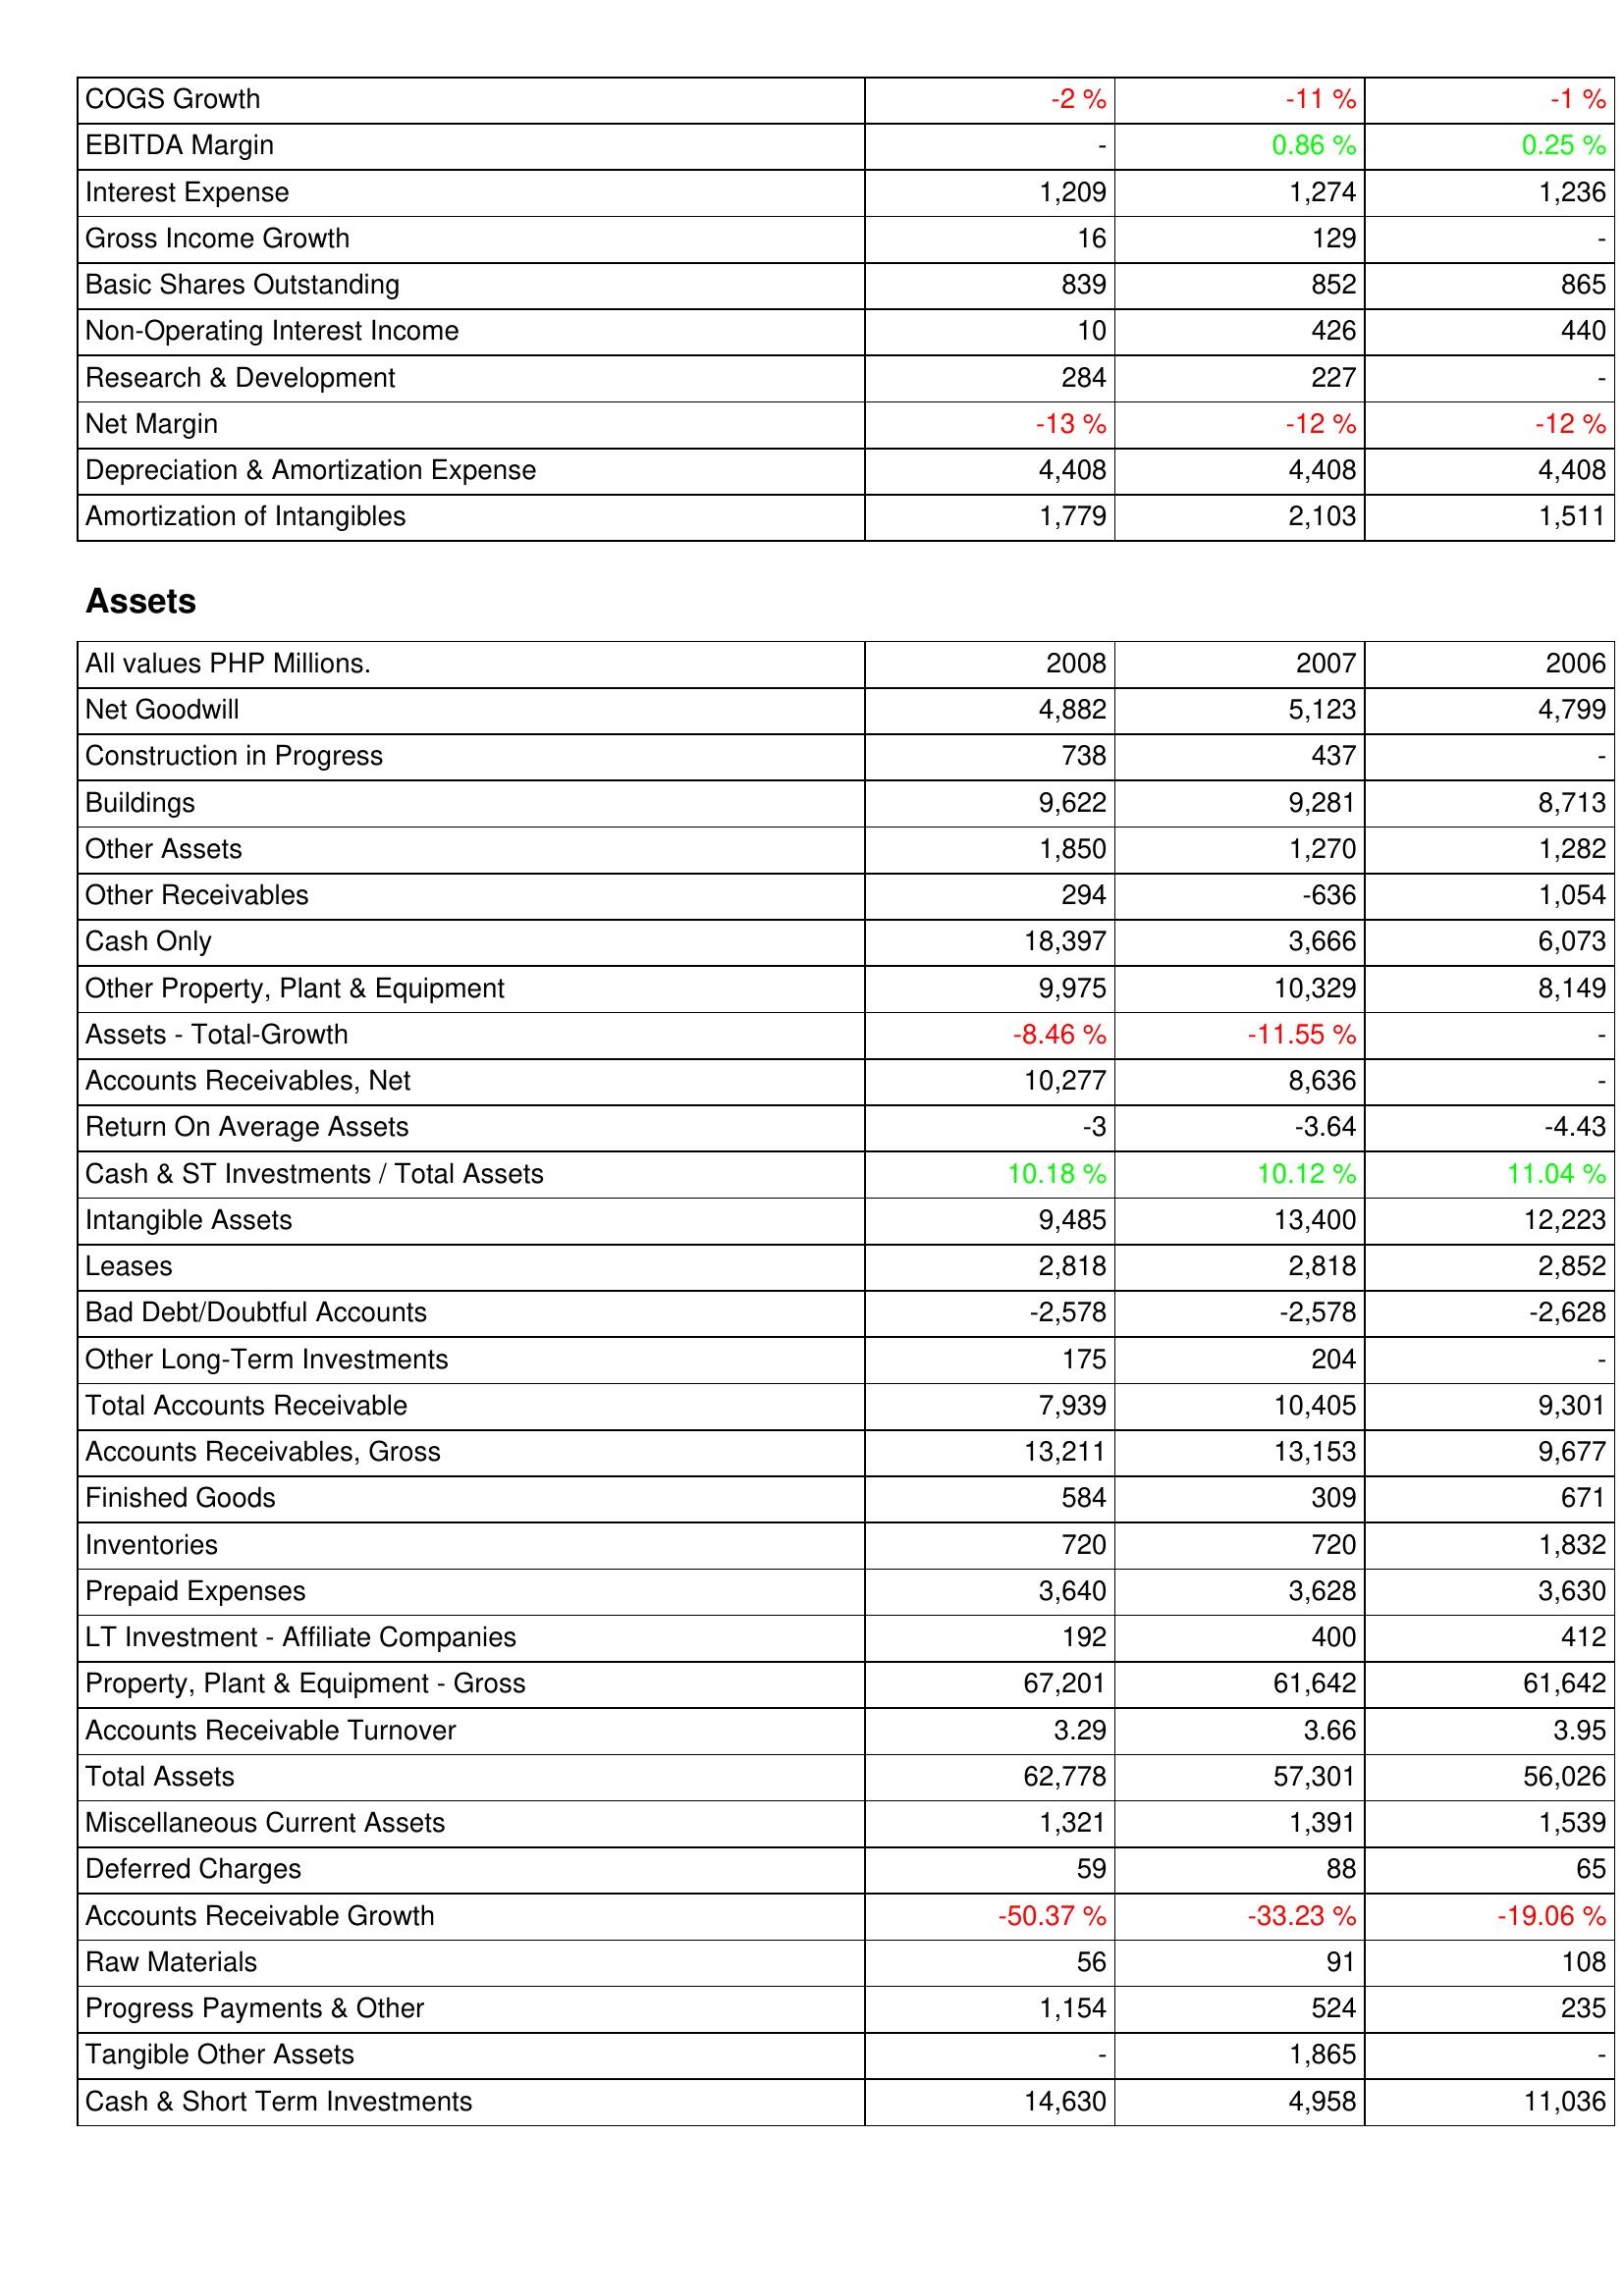
2008: Income Statement: COGS Growth: -2 %
EBITDA Margin: -
Interest Expense: 1,209
Gross Income Growth: 16
Basic Shares Outstanding: 839
Non-Operating Interest Income: 10
Research & Development: 284
Net Margin: -13 %
Depreciation & Amortization Expense: 4,408
Amortization of Intangibles: 1,779
Assets: Net Goodwill: 4,882
Construction in Progress: 738
Buildings: 9,622
Other Assets: 1,850
Other Receivables: 294
Cash Only: 18,397
Other Property, Plant & Equipment: 9,975
Assets - Total-Growth: -8.46 %
Accounts Receivables, Net: 10,277
Return On Average Assets: -3
Cash & ST Investments / Total Assets: 10.18 %
Intangible Assets: 9,485
Leases: 2,818
Bad Debt/Doubtful Accounts: -2,578
Other Long-Term Investments: 175
Total Accounts Receivable: 7,939
Accounts Receivables, Gross: 13,211
Finished Goods: 584
Inventories: 720
Prepaid Expenses: 3,640
LT Investment - Affiliate Companies: 192
Property, Plant & Equipment - Gross: 67,201
Accounts Receivable Turnover: 3.29
Total Assets: 62,778
Miscellaneous Current Assets: 1,321
Deferred Charges: 59
Accounts Receivable Growth: -50.37 %
Raw Materials: 56
Progress Payments & Other: 1,154
Tangible Other Assets: -
Cash & Short Term Investments: 14,630
2007: Income Statement: COGS Growth: -11 %
EBITDA Margin: 0.86 %
Interest Expense: 1,274
Gross Income Growth: 129
Basic Shares Outstanding: 852
Non-Operating Interest Income: 426
Research & Development: 227
Net Margin: -12 %
Depreciation & Amortization Expense: 4,408
Amortization of Intangibles: 2,103
Assets: Net Goodwill: 5,123
Construction in Progress: 437
Buildings: 9,281
Other Assets: 1,270
Other Receivables: -636
Cash Only: 3,666
Other Property, Plant & Equipment: 10,329
Assets - Total-Growth: -11.55 %
Accounts Receivables, Net: 8,636
Return On Average Assets: -3.64
Cash & ST Investments / Total Assets: 10.12 %
Intangible Assets: 13,400
Leases: 2,818
Bad Debt/Doubtful Accounts: -2,578
Other Long-Term Investments: 204
Total Accounts Receivable: 10,405
Accounts Receivables, Gross: 13,153
Finished Goods: 309
Inventories: 720
Prepaid Expenses: 3,628
LT Investment - Affiliate Companies: 400
Property, Plant & Equipment - Gross: 61,642
Accounts Receivable Turnover: 3.66
Total Assets: 57,301
Miscellaneous Current Assets: 1,391
Deferred Charges: 88
Accounts Receivable Growth: -33.23 %
Raw Materials: 91
Progress Payments & Other: 524
Tangible Other Assets: 1,865
Cash & Short Term Investments: 4,958
2006: Income Statement: COGS Growth: -1 %
EBITDA Margin: 0.25 %
Interest Expense: 1,236
Gross Income Growth: -
Basic Shares Outstanding: 865
Non-Operating Interest Income: 440
Research & Development: -
Net Margin: -12 %
Depreciation & Amortization Expense: 4,408
Amortization of Intangibles: 1,511
Assets: Net Goodwill: 4,799
Construction in Progress: -
Buildings: 8,713
Other Assets: 1,282
Other Receivables: 1,054
Cash Only: 6,073
Other Property, Plant & Equipment: 8,149
Assets - Total-Growth: -
Accounts Receivables, Net: -
Return On Average Assets: -4.43
Cash & ST Investments / Total Assets: 11.04 %
Intangible Assets: 12,223
Leases: 2,852
Bad Debt/Doubtful Accounts: -2,628
Other Long-Term Investments: -
Total Accounts Receivable: 9,301
Accounts Receivables, Gross: 9,677
Finished Goods: 671
Inventories: 1,832
Prepaid Expenses: 3,630
LT Investment - Affiliate Companies: 412
Property, Plant & Equipment - Gross: 61,642
Accounts Receivable Turnover: 3.95
Total Assets: 56,026
Miscellaneous Current Assets: 1,539
Deferred Charges: 65
Accounts Receivable Growth: -19.06 %
Raw Materials: 108
Progress Payments & Other: 235
Tangible Other Assets: -
Cash & Short Term Investments: 11,036